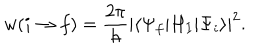
w ( i \rightarrow f ) = { \frac { 2 \pi } { \hbar } } | \langle \Psi _ { f } | H _ { I } | \Psi _ { i } \rangle | ^ { 2 } .